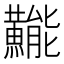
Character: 𱬯